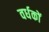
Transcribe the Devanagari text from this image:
वर्धकों